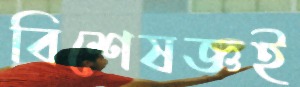
বিশেষজ্ঞই